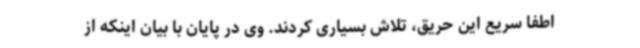
اطفا سریع این حریق، تلاش بسیاری کردند. وی در پایان با بیان اینکه از